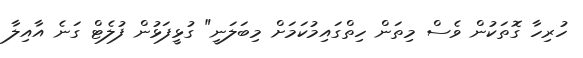
ހުރިހާ ގޮތަކުން ވެސް މިތަން ހިތްގައިމުކަމަށް މިބަލަނީ" ގުޅީފަޅުން ފުލެޓް ގަނެ އާއިލާ